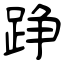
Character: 踭